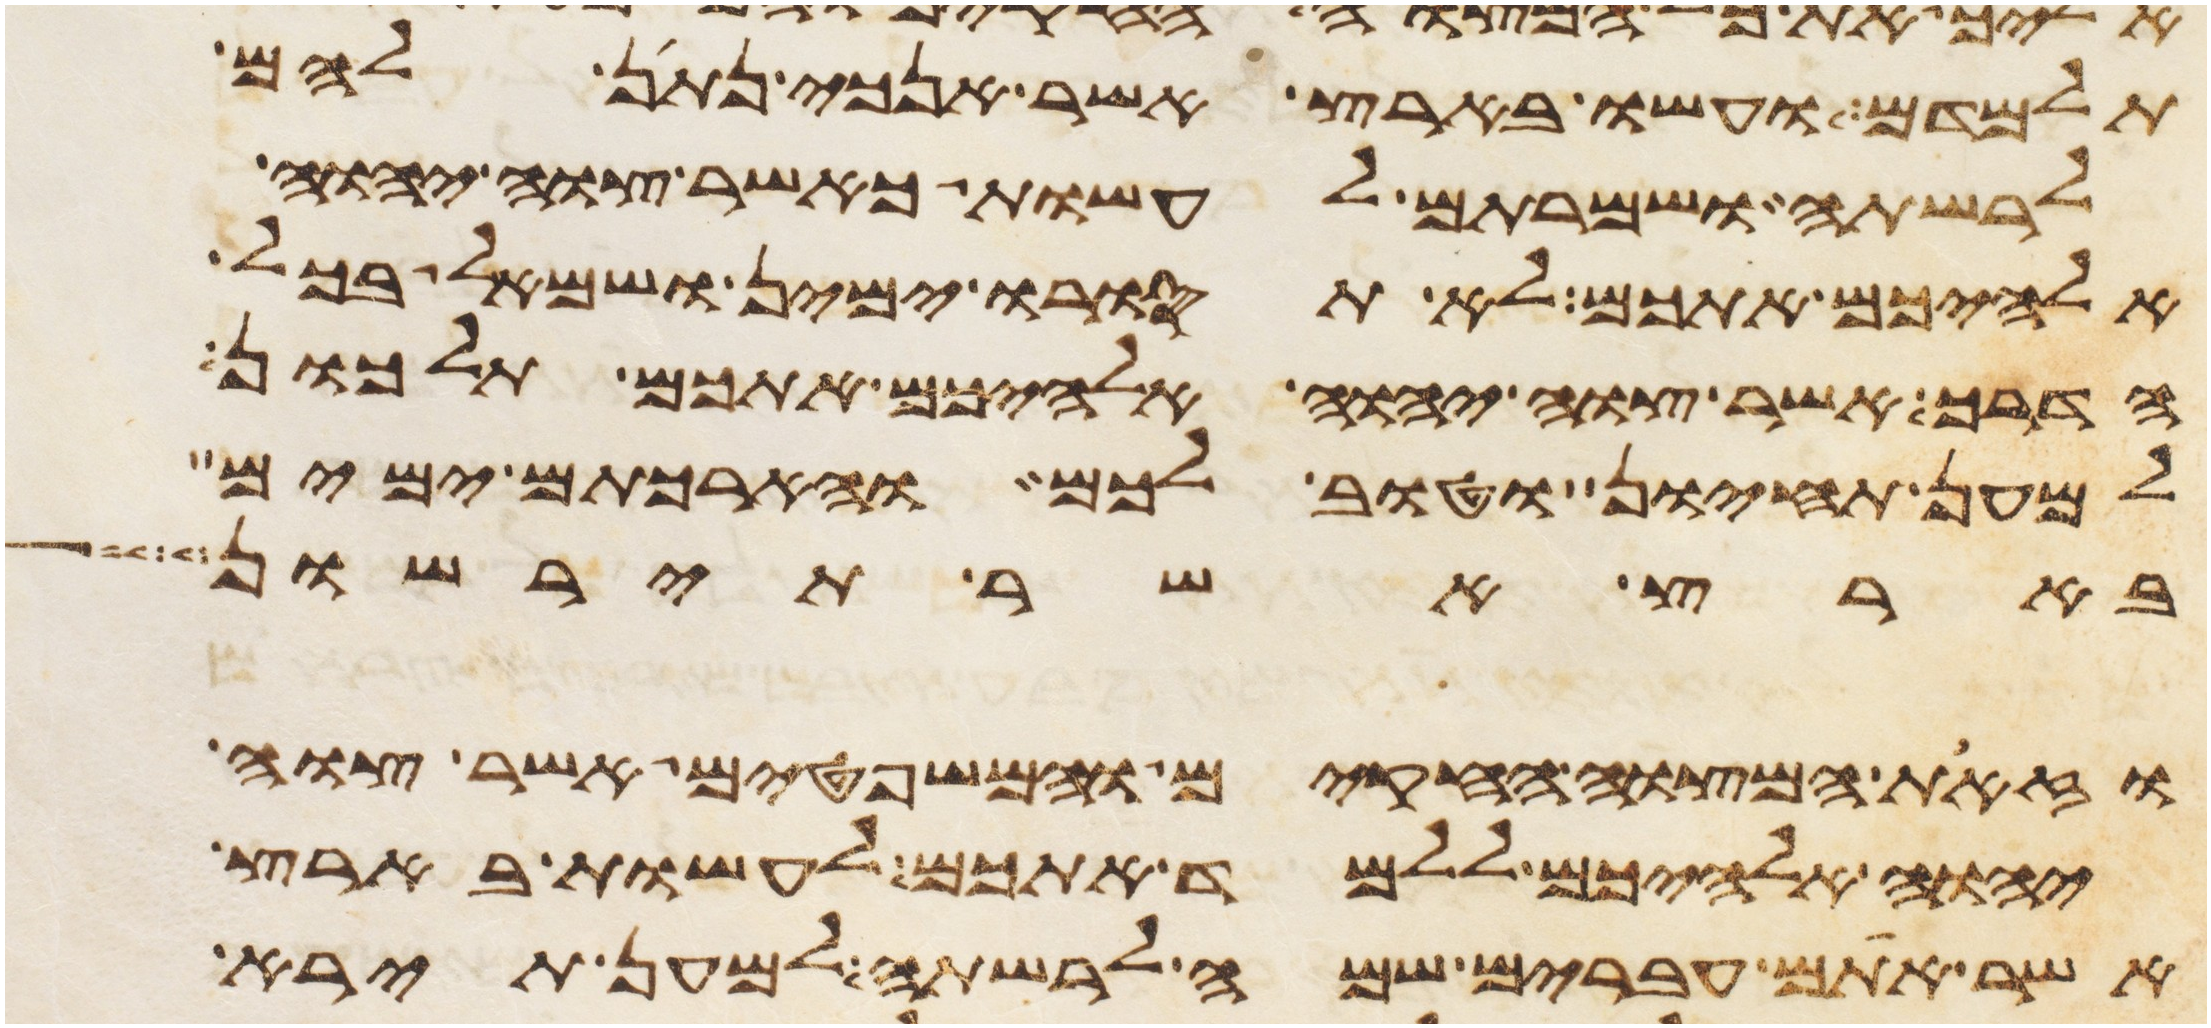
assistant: תלמדם ועשו בארץ אשר אנכי נתן להם
לרשתה ושמרתם לעשות כאשר צוה יהוה
אלהיכם אתכם לא תסורו ימין ושמאל בכל
הדרך אשר צוה יהוה אלהיכם אתכם תלכון
למען תחיון וטוב לכם והארכתם ימים
בארץ אשר תירשון
וזאת המצוה החקים והמשפטים אשר צוה
יהוה אלהיכם ללמד אתכם לעשות בארץ
אשר אתם עברים שמה לרשתה למען תירא